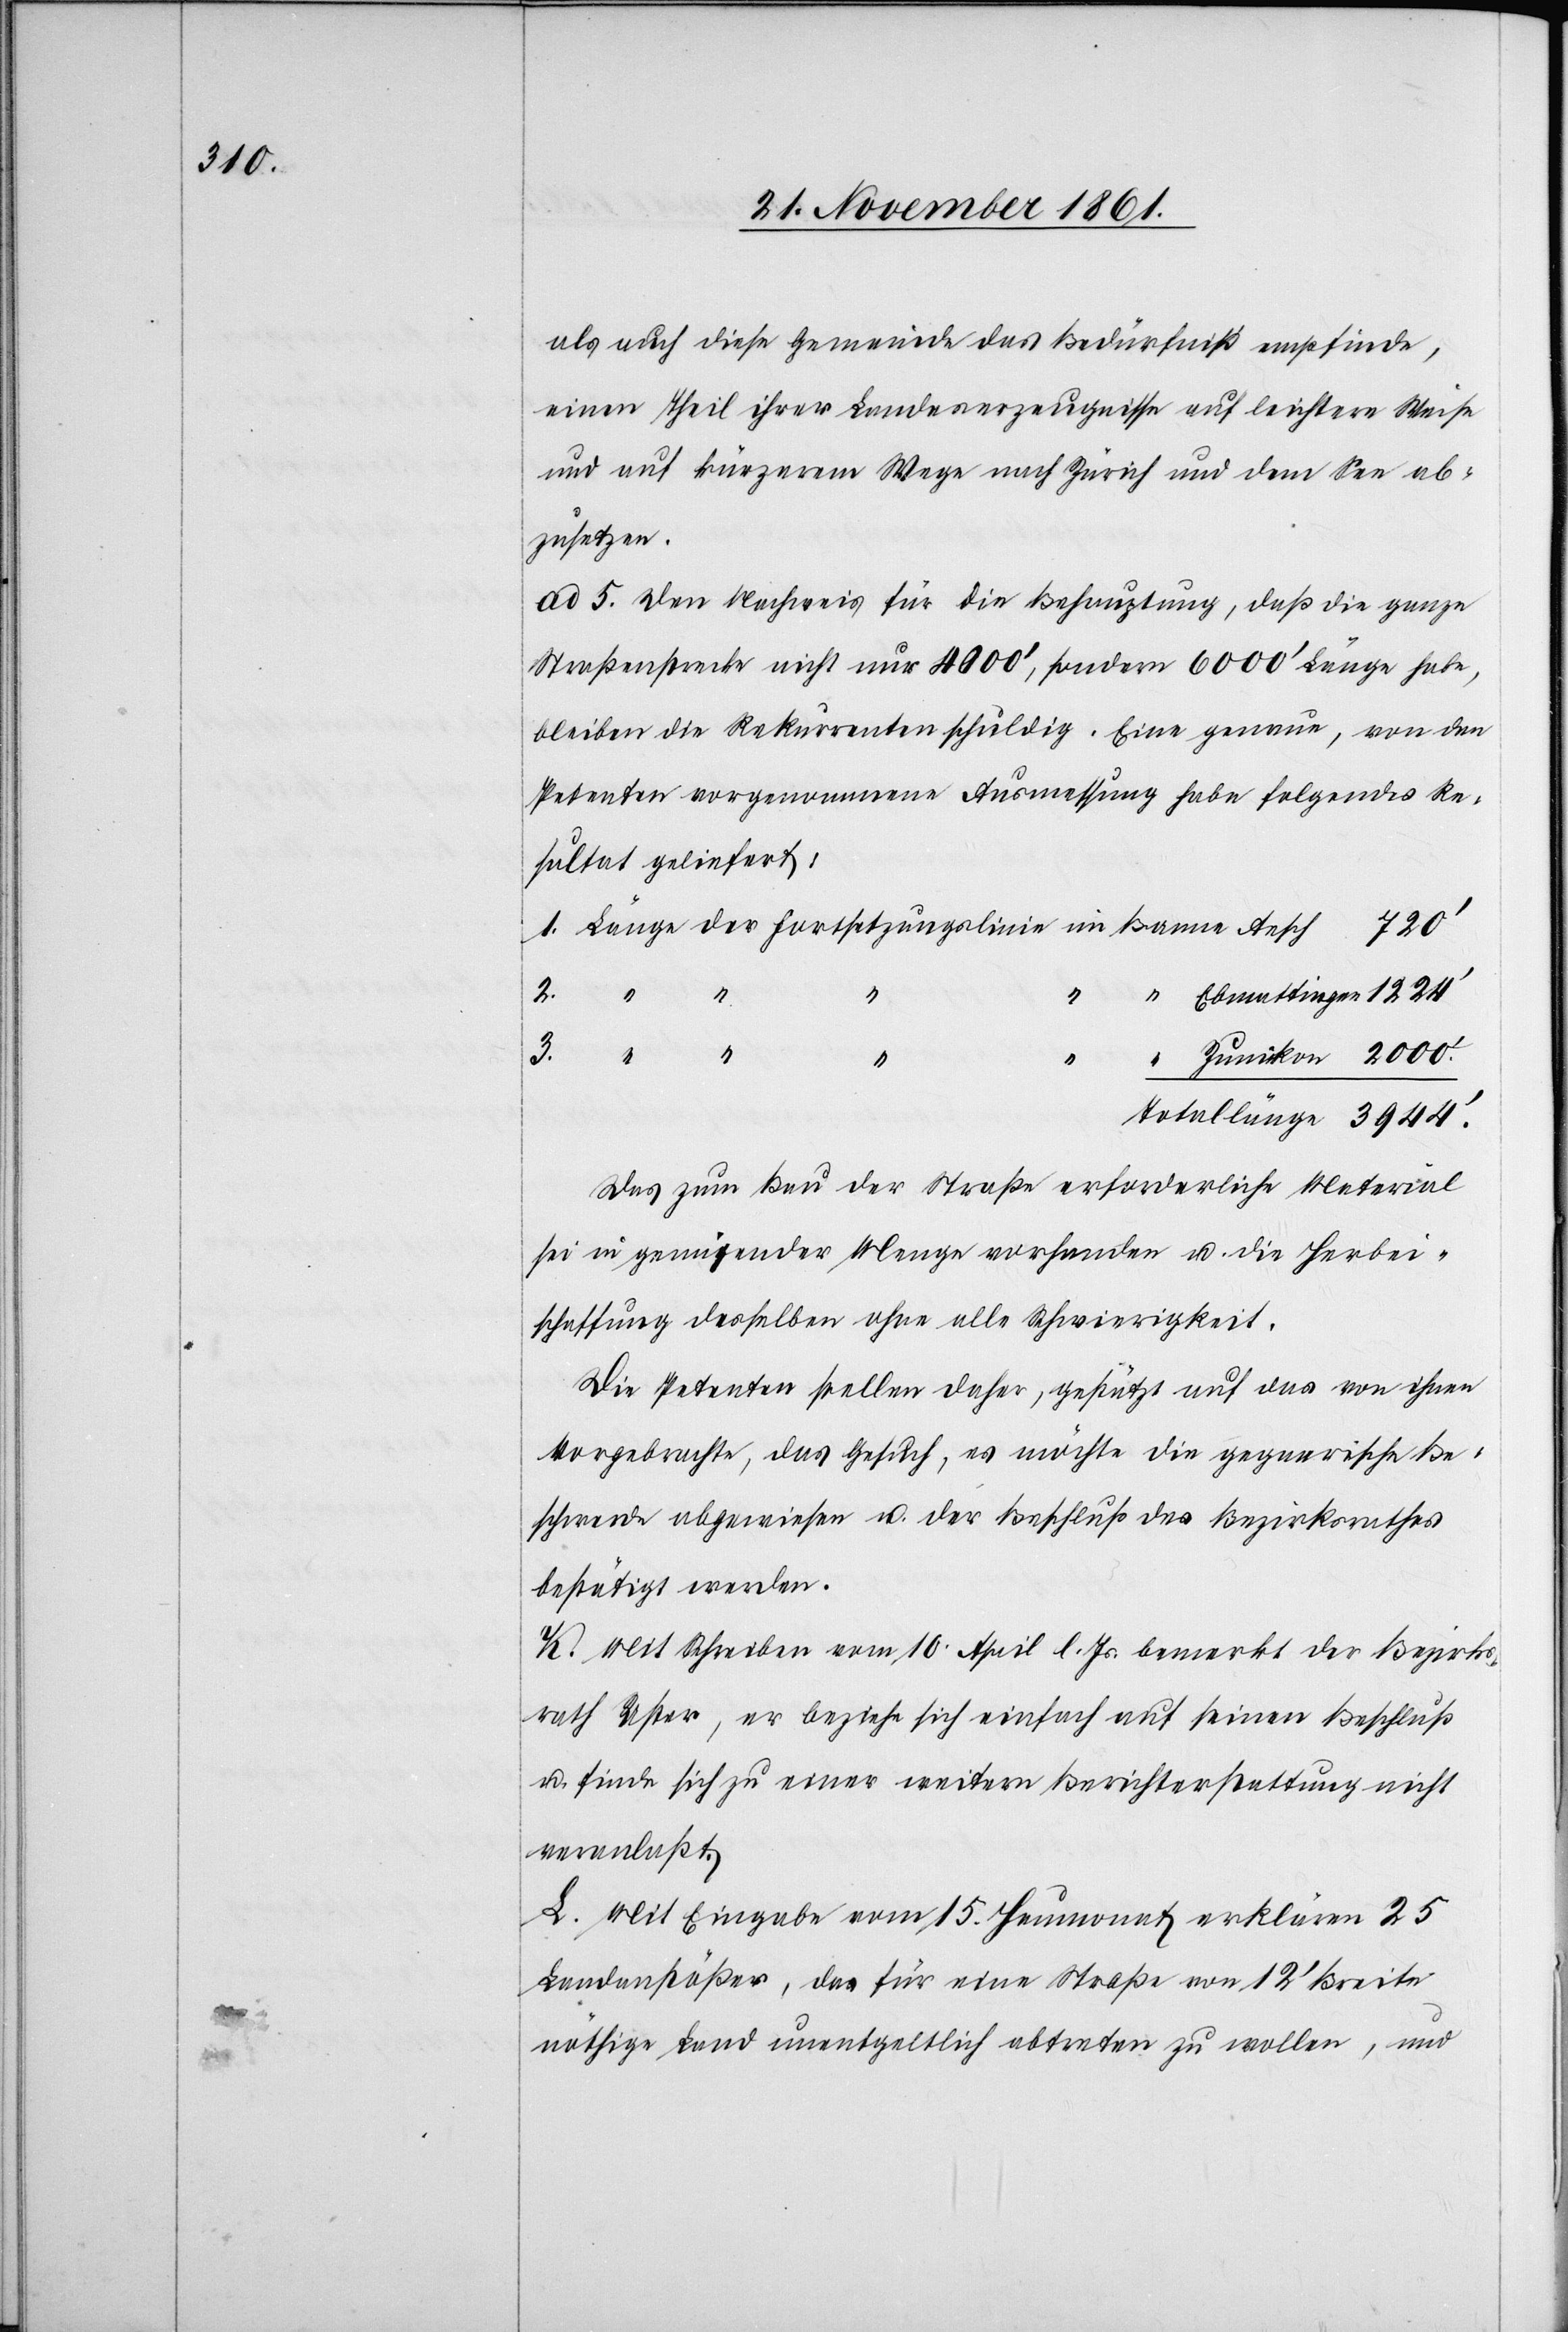
als auch diese Gemeinde das Bedürfniß empfinde,
einen Theil ihrer Landrechtserzeugnisse auf leichtere Weise
und auf kürzerem Wege nach Zürich und dem See ab¬
zusetzen.
ad 5. Den Nachweis für die Behauptung, daß die ganze
Straßenstrecke nicht nur 4000’, sondern 6000’ Länge habe,
bleiben die Rekurrenten schuldig. Eine genaue, von den
Petenten vorgenommene Ausmessung habe folgendes Re¬
sultat geliefert:
1. Länge der Fortsetzungslinie im Banne Aesch					720’
Totallänge 3944’
Das zum Bau der Straße erforderliche Material
sei in genügender Menge vorhanden u. die Herbei¬
schaffung desselben ohne alle Schwierigkeit.
Die Petenten stellen daher, gestützt auf das von ihnen
vorgebrachte, das Gesuch, es möchte die gegnerische Be¬
schwerde abgewiesen u. der Beschluß des Bezirksrathes
bestätigt werden.
K. Mit Schreiben vom 10 April l. Js. bemerkt der Bezirks¬
rath Uster, er beziehe sich einfach auf seinen Beschluß
u. finde sich zu einer weitern Berichterstattung nicht
veranlaßt.
L. Mit Eingabe vom 15 Heumonat erklären 25
Landanstößer, das für eine Straße von 12’ Breite
nöthige Land unentgeltlich abtreten zu wollen, und